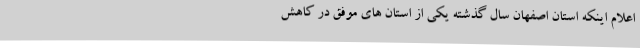
اعلام اینکه استان اصفهان سال گذشته یکی از استان های موفق در کاهش